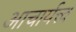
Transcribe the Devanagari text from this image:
आचार्यत्त्व